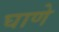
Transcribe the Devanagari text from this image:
घाणे